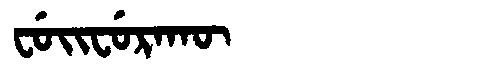
Manchu: ᠸᡠᡳᠸᡠᡵᠠᡴᡡ
Romanization: FUIFURAKŪ